system: You are a helpful assistant.
user:
Analyze the provided spectrum to determine if it is a **White Dwarf (WD)**.

A White Dwarf spectrum is defined by its **extreme purity** (due to gravitational settling) and/or **extreme pressure broadening** (due to high surface gravity). You must check for one of the following mutually exclusive signatures:

- **Key Visual Indicators (Check for ONE of these types):**

    - **1. DA-Type Signature (Most Common):**
        - **(Primary Feature):** Extreme pressure broadening (Stark broadening) of the **Hydrogen (H) Balmer lines**.
        - **(Key Lines):** $H\beta$ (approx. $4861$ Å) and $H\gamma$ (approx. $4340$ Å). $H\alpha$ (approx. $6563$ Å) will also be present if the wavelength range covers it.
        - **(Line Profile):** This is the **defining feature**. The lines are **NOT** sharp. They appear as massive, **extremely broad and deep "troughs" or "dips"** in the spectrum, often hundreds of Ångströms wide. The continuum will appear to "scoop" down at these wavelengths.
        - **(Distinction):** Normal A-type or B-type stars have *narrow* and *sharp* Hydrogen lines. A DA White Dwarf's lines are unmistakably "smeared" or "blurry" from pressure.

    - **2. DB-Type Signature:**
        - **(Primary Feature):** Broad absorption lines from **Neutral Helium (He I)**. The spectrum must lack any visible Hydrogen lines.
        - **(Key Lines):** Look for broad absorption near $4471$ Å, $4921$ Å, and $5876$ Å.
        - **(Line Profile):** These lines are also significantly pressure-broadened, appearing much wider than they would in a normal B-type main-sequence star.

    - **3. DC-Type Signature:**
        - **(Primary Feature):** A **featureless continuous spectrum**.
        - **(Line Profile):** The spectrum is a smooth curve with **no significant absorption or emission lines**.
        - **(Key Confirmation):** The continuum is almost always **blue or white**, indicating a hot object. This signature implies the atmosphere is so pure (or so cool) that no spectral lines are visible in the optical range. Its WD identity is confirmed by its extremely low intrinsic brightness (high absolute magnitude).

    - **4. DZ-Type Signature (Metal-Polluted):**
        - **(Primary Feature):** **Isolated, narrow metal absorption lines** on an otherwise featureless (DC-like) continuum.
        - **(Key Lines):** The **Calcium (Ca II) H & K doublet** (approx. **$3934$ Å** and **$3968$ Å**) is the most common and defining feature.
        - **(Line Profile):** These lines are "out of place." They are *not* part of a "forest" of thousands of lines. This signature is evidence of recent *accretion* (pollution) from rocky debris.
        - **(Distinction):** Normal G/K/M stars have a *dense forest* of thousands of metal lines. A DZ has a *clean* continuum with *only a few* strong metal lines.

    - **5. DQ-Type Signature (Carbon-Polluted):**
        - **(Primary Feature):** Absorption bands from **Carbon (C₂ "Swan Bands" or atomic C I)**.
        - **(Key Lines - C₂):** Look for bandheads with a "saw-tooth" shape near $5635$ Å, **$5165$ Å** (strongest), and $4737$ Å.
        - **(Key Confirmation):** The underlying **continuum must be blue or white** (hot).
        - **(Distinction):** This is the critical difference from a **Carbon Star**, which has the *exact same* C₂ bands but on an extremely **red, cool** continuum.

- **(Overall Spectrum):**
    - The continuum (overall shape) is typically **blue-sloping** (brighter in the blue than the red), as most white dwarfs are very hot.
    - The spectrum will look "pure" or "simple," dominated by only *one* of the five signatures listed above.

Think first, call **spectral_visualization_tool** if needed to examine features in detail, then provide your final answer. Your response must adhere to the following strict rules:
1.  **Overall Structure:** Your response must follow the format `<think>...</think> <tool_call>...</tool_call> (if a tool is used) <answer>...</answer>`.
2.  **Tool Usage Constraint:** You may only make **one** tool call per turn.
3.  **Final Answer Format:** In the `<answer>` tag, your conclusion must be inside a `\boxed{}` command (e.g., `\boxed{YES}` or `\boxed{NO}`), followed by your justification.

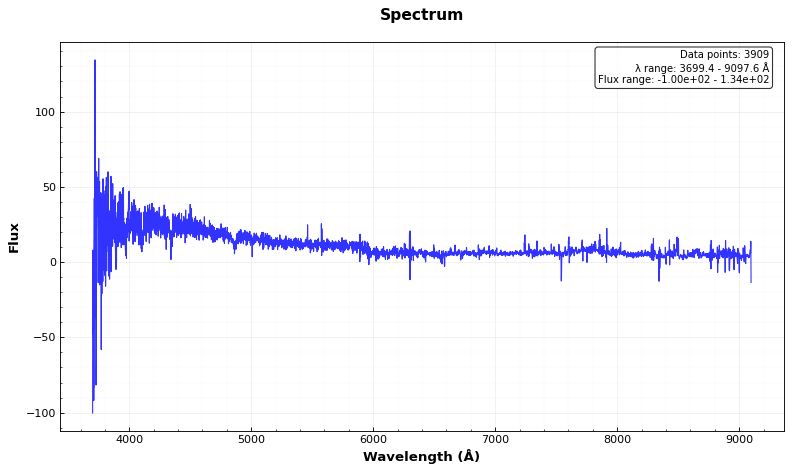
Answer: YES